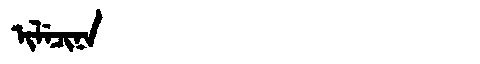
Manchu: ᡳᠯᡝᠴᡳᠨᠠ
Romanization: ILECINA